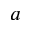
a